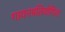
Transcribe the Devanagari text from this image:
गायनप्रतियोगिता